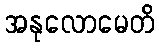
အနုလောမေတိ